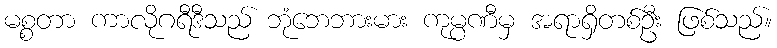
မစ္စတာ ကာလိုဂရီဒီသည် ဘုံဘေဘားမား ကုမ္ပဏီမှ အရာရှိတစ်ဦး ဖြစ်သည်။